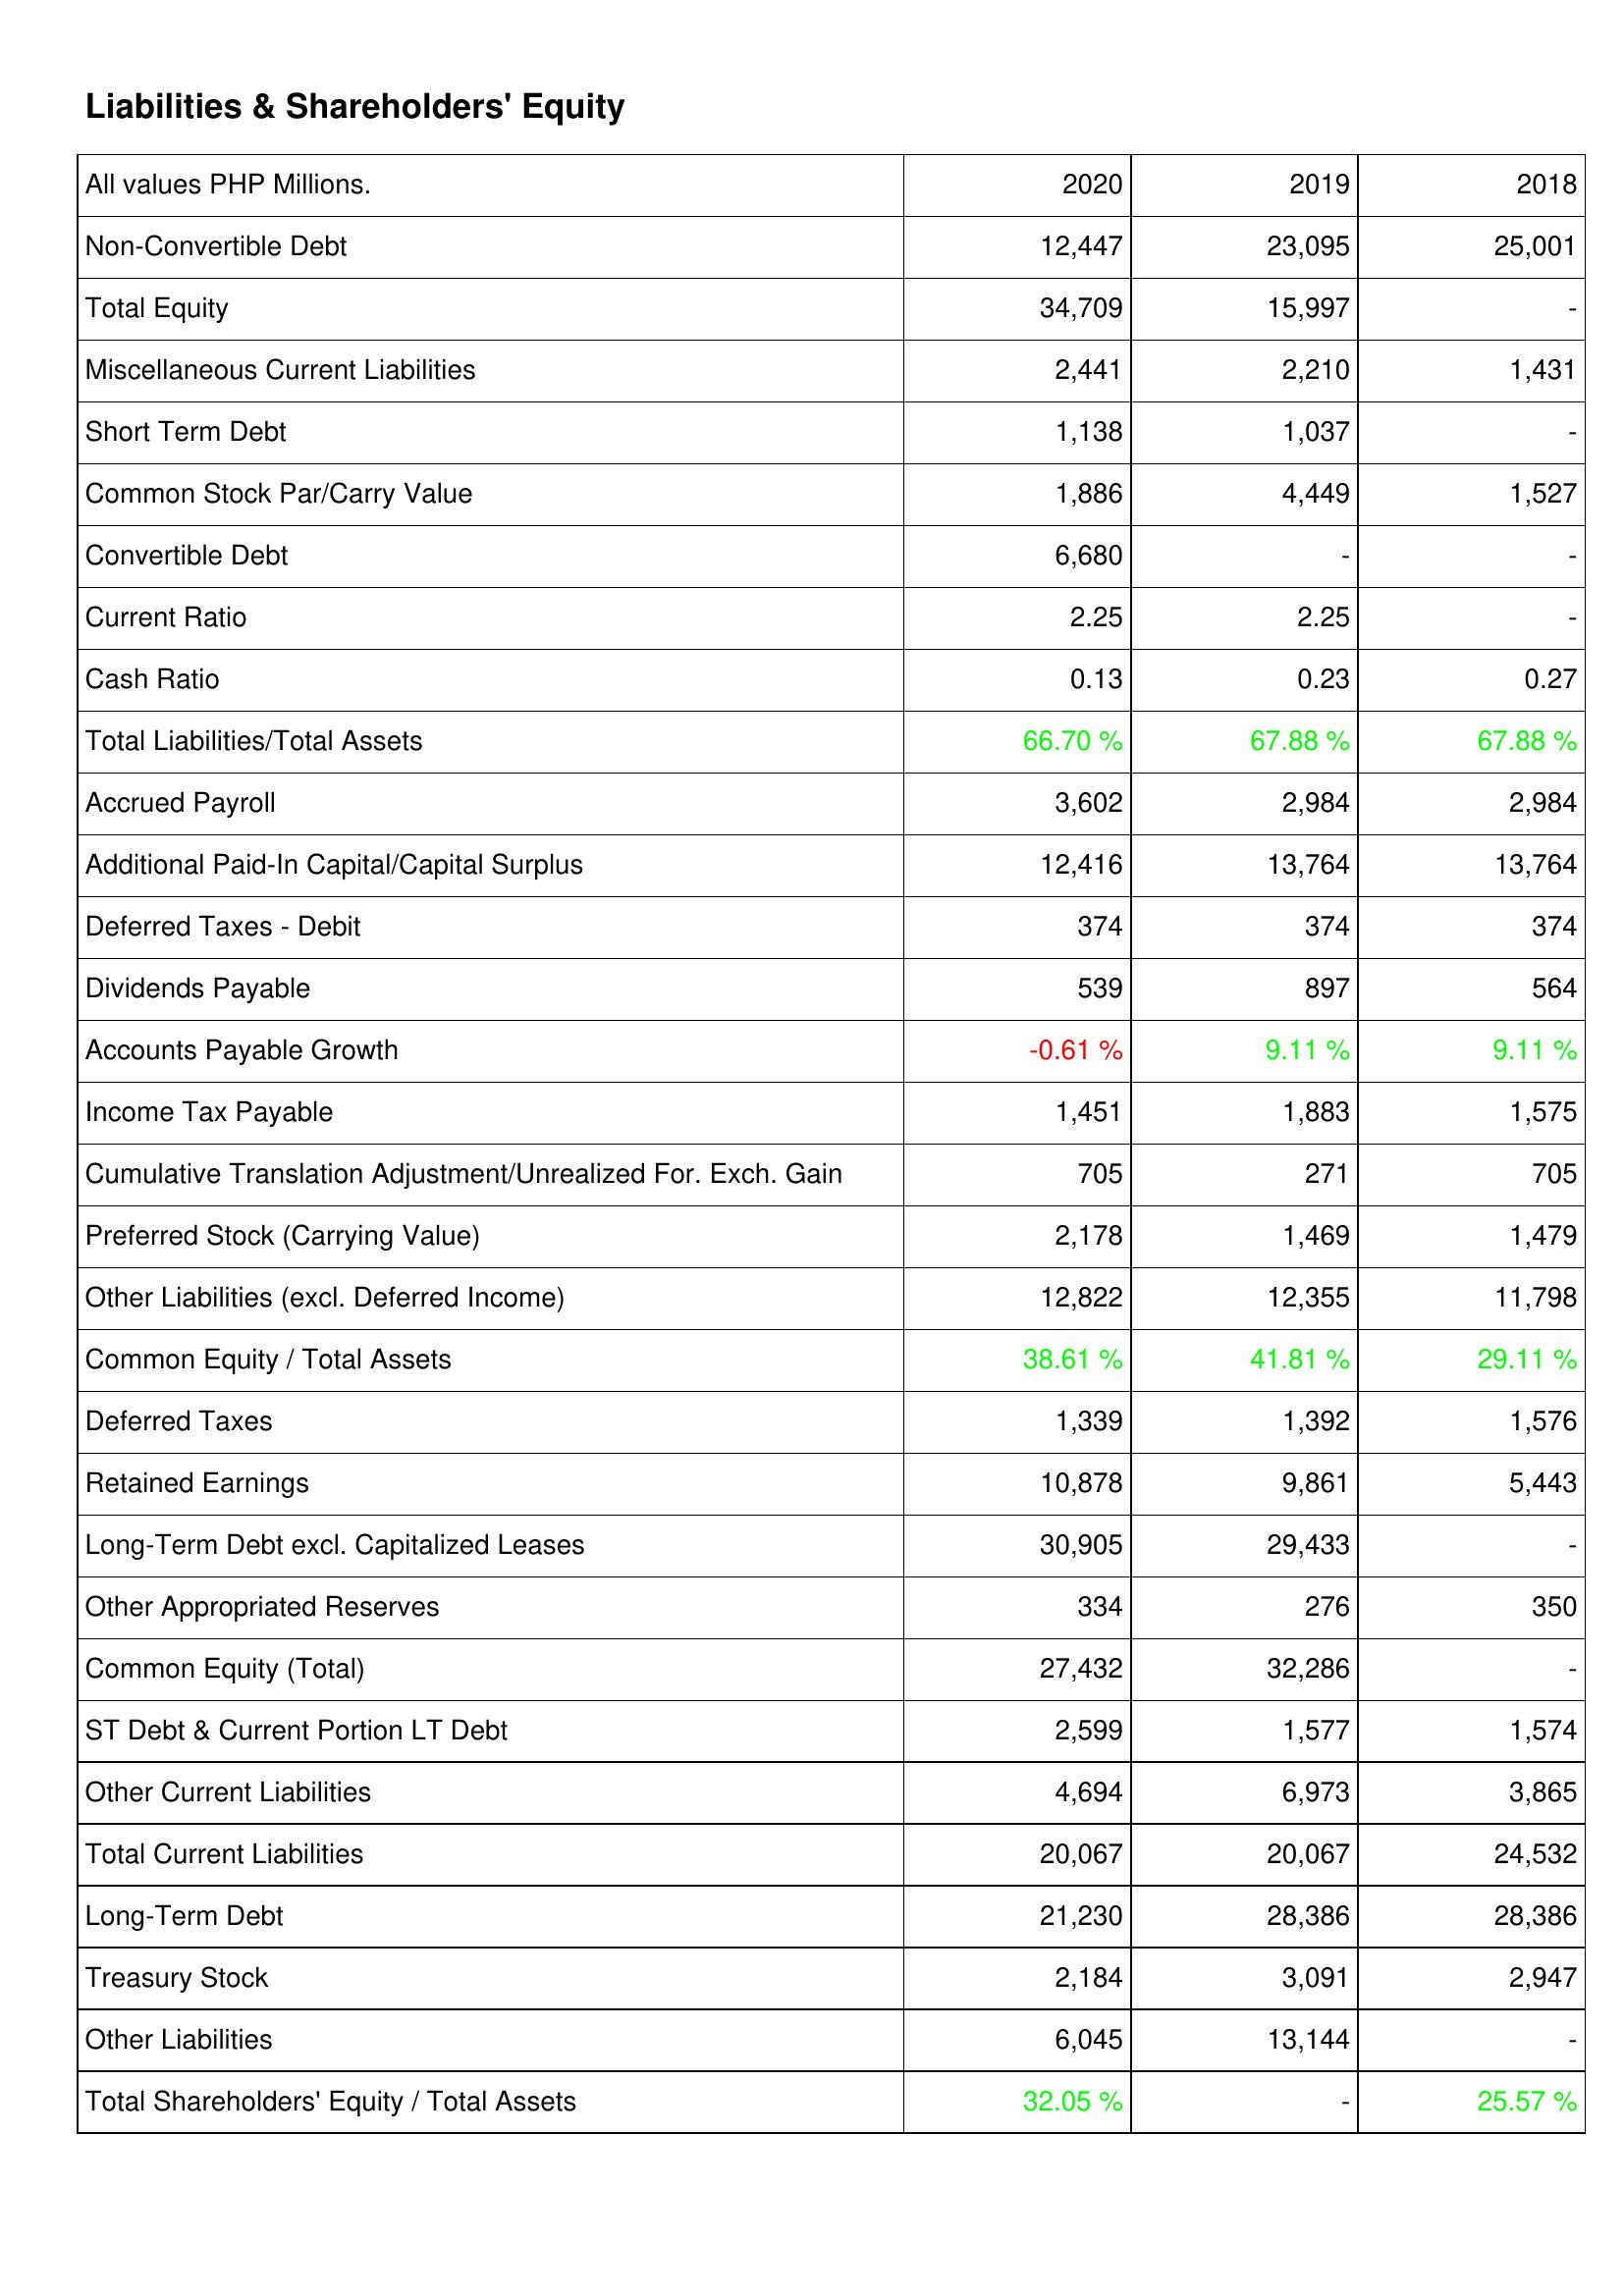
2020: Liabilities & Shareholders' Equity: Non-Convertible Debt: 12,447
Total Equity: 34,709
Miscellaneous Current Liabilities: 2,441
Short Term Debt: 1,138
Common Stock Par/Carry Value: 1,886
Convertible Debt: 6,680
Current Ratio: 2.25
Cash Ratio: 0.13
Total Liabilities/Total Assets: 66.70 %
Accrued Payroll: 3,602
Additional Paid-In Capital/Capital Surplus: 12,416
Deferred Taxes - Debit: 374
Dividends Payable: 539
Accounts Payable Growth: -0.61 %
Income Tax Payable: 1,451
Cumulative Translation Adjustment/Unrealized For. Exch. Gain: 705
Preferred Stock (Carrying Value): 2,178
Other Liabilities (excl. Deferred Income): 12,822
Common Equity / Total Assets: 38.61 %
Deferred Taxes: 1,339
Retained Earnings: 10,878
Long-Term Debt excl. Capitalized Leases: 30,905
Other Appropriated Reserves: 334
Common Equity (Total): 27,432
ST Debt & Current Portion LT Debt: 2,599
Other Current Liabilities: 4,694
Total Current Liabilities: 20,067
Long-Term Debt: 21,230
Treasury Stock: 2,184
Other Liabilities: 6,045
Total Shareholders' Equity / Total Assets: 32.05 %
2019: Liabilities & Shareholders' Equity: Non-Convertible Debt: 23,095
Total Equity: 15,997
Miscellaneous Current Liabilities: 2,210
Short Term Debt: 1,037
Common Stock Par/Carry Value: 4,449
Convertible Debt: -
Current Ratio: 2.25
Cash Ratio: 0.23
Total Liabilities/Total Assets: 67.88 %
Accrued Payroll: 2,984
Additional Paid-In Capital/Capital Surplus: 13,764
Deferred Taxes - Debit: 374
Dividends Payable: 897
Accounts Payable Growth: 9.11 %
Income Tax Payable: 1,883
Cumulative Translation Adjustment/Unrealized For. Exch. Gain: 271
Preferred Stock (Carrying Value): 1,469
Other Liabilities (excl. Deferred Income): 12,355
Common Equity / Total Assets: 41.81 %
Deferred Taxes: 1,392
Retained Earnings: 9,861
Long-Term Debt excl. Capitalized Leases: 29,433
Other Appropriated Reserves: 276
Common Equity (Total): 32,286
ST Debt & Current Portion LT Debt: 1,577
Other Current Liabilities: 6,973
Total Current Liabilities: 20,067
Long-Term Debt: 28,386
Treasury Stock: 3,091
Other Liabilities: 13,144
Total Shareholders' Equity / Total Assets: -
2018: Liabilities & Shareholders' Equity: Non-Convertible Debt: 25,001
Total Equity: -
Miscellaneous Current Liabilities: 1,431
Short Term Debt: -
Common Stock Par/Carry Value: 1,527
Convertible Debt: -
Current Ratio: -
Cash Ratio: 0.27
Total Liabilities/Total Assets: 67.88 %
Accrued Payroll: 2,984
Additional Paid-In Capital/Capital Surplus: 13,764
Deferred Taxes - Debit: 374
Dividends Payable: 564
Accounts Payable Growth: 9.11 %
Income Tax Payable: 1,575
Cumulative Translation Adjustment/Unrealized For. Exch. Gain: 705
Preferred Stock (Carrying Value): 1,479
Other Liabilities (excl. Deferred Income): 11,798
Common Equity / Total Assets: 29.11 %
Deferred Taxes: 1,576
Retained Earnings: 5,443
Long-Term Debt excl. Capitalized Leases: -
Other Appropriated Reserves: 350
Common Equity (Total): -
ST Debt & Current Portion LT Debt: 1,574
Other Current Liabilities: 3,865
Total Current Liabilities: 24,532
Long-Term Debt: 28,386
Treasury Stock: 2,947
Other Liabilities: -
Total Shareholders' Equity / Total Assets: 25.57 %